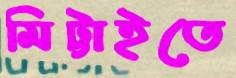
মিট্টাইতে